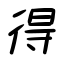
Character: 得